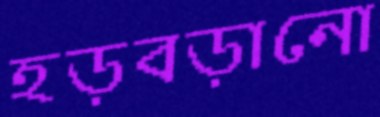
হড়বড়ানো